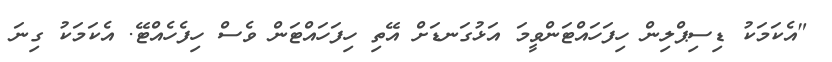
"އެކަމަކު ޑިސިޕްލިން ހިފަހައްޓަންވީމަ އަޅުގަނޑަށް އޭތި ހިފަހައްޓަން ވެސް ހިފެހެއްޓޭ. އެކަމަކު ގިނަ